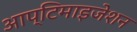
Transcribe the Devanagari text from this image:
आप्टिमाइजेशन